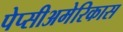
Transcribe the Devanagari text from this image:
पेप्सीअमेरिकास